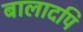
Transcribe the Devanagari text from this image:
बालादपि